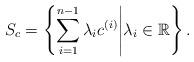
LaTeX: \begin{align*}S_c=\left\lbrace \sum_{i=1}^{n-1}\lambda_i c^{(i)}\middle|\lambda_i\in\mathbb{R} \right\rbrace.\end{align*}